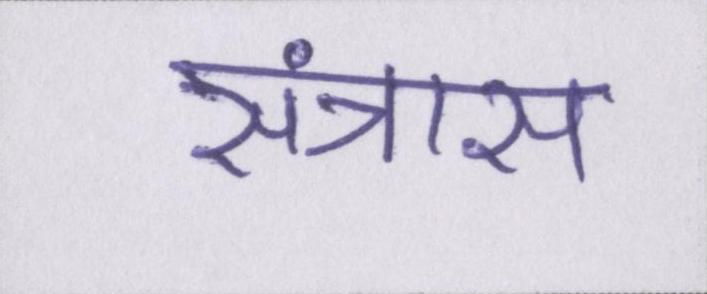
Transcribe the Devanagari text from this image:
संत्रास